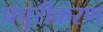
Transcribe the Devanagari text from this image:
प्रचुरीकरण